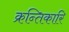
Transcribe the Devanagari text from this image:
क्रन्तिकारि